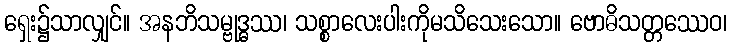
ရှေး၌သာလျှင်။ အနဘိသမ္ဗုဒ္ဓဿ၊ သစ္စာလေးပါးကိုမသိသေးသော။ ဗောဓိသတ္တဿေဝ၊